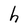
Character: h